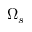
\Omega _ { s }